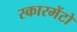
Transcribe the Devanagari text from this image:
स्कारमेंटो